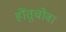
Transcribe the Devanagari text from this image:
होंतुचोवा